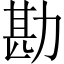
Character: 勘